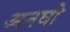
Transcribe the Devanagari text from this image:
अनघो